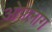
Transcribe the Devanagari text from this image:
ओफ्लाग